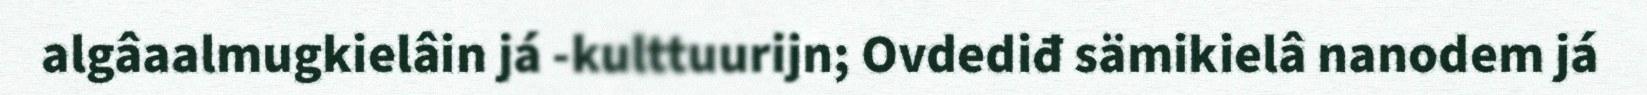
algâaalmugkielâin já -kulttuurijn; Ovdediđ sämikielâ nanodem já